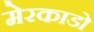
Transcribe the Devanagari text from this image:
मेरकाडो